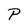
Character: P